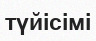
түйісімі